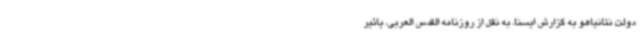
دولت نتانیاهو به گزارش ایسنا، به نقل از روزنامه القدس العربی، یائیر